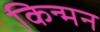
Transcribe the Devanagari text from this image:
किन्मन